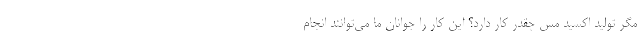
مگر تولید اکسید مس چقدر کار دارد؟ این کار را جوانان ما می‌توانند انجام